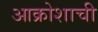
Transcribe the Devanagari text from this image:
आक्रोशाची